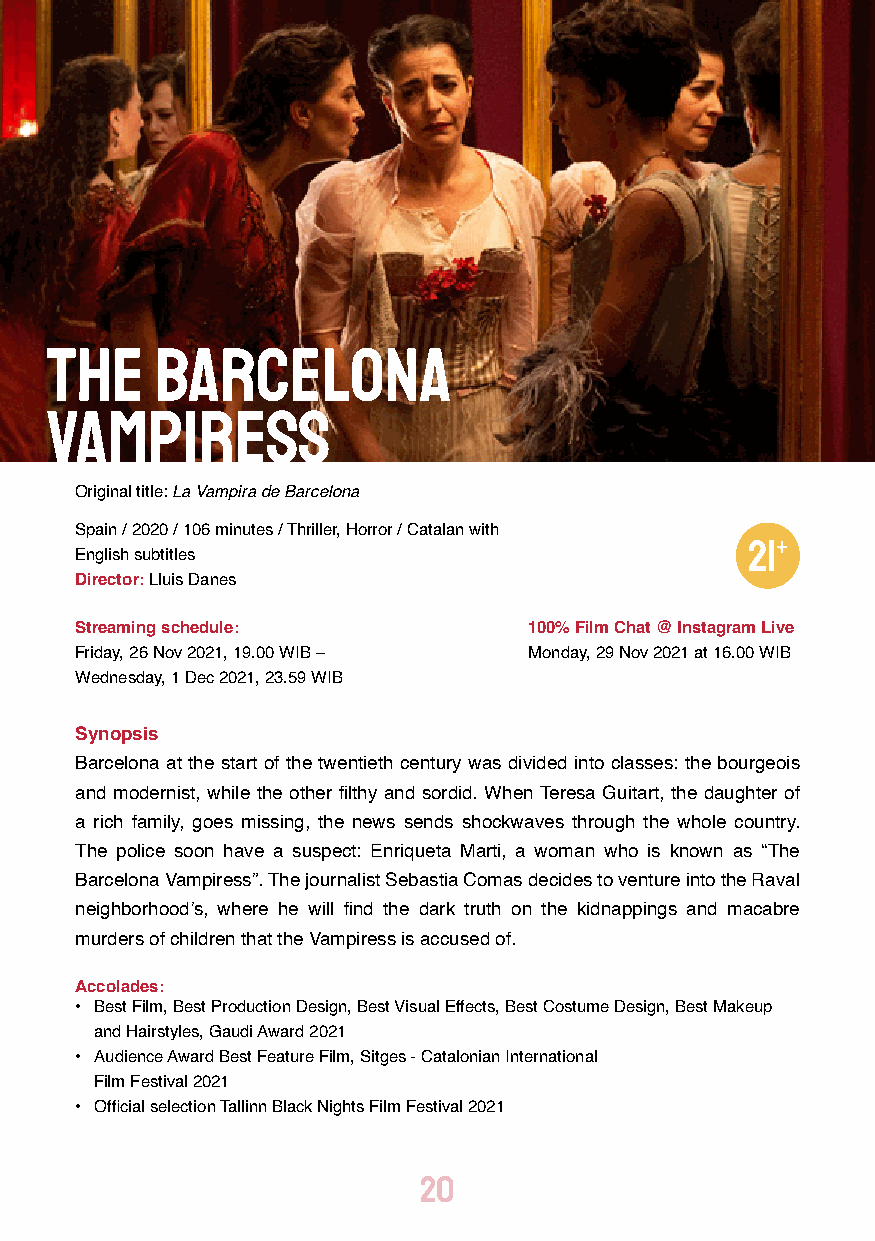
The    Barcelona
 Vampiress
 Original title: La Vampira de Barcelona
 Spain / 2020 / 106 minutes / Thriller, Horror / Catalan with
 English subtitles
 Director: Lluis Danes
 Streaming schedule:           100% Film Chat @ Instagram Live
 Friday, 26 Nov 2021, 19.00 WIB – Monday, 29 Nov 2021 at 16.00 WIB
 Wednesday, 1 Dec 2021, 23.59 WIB
 Synopsis
 Barcelona at the start of the twentieth century was divided into classes: the bourgeois
 and modernist, while the other filthy and sordid. When Teresa Guitart, the daughter of
 a rich family, goes missing, the news sends shockwaves through the whole country.
 The police soon have a suspect: Enriqueta Marti, a woman who is known as “The
 Barcelona Vampiress”. The journalist Sebastia Comas decides to venture into the Raval
 neighborhood’s, where he will find the dark truth on the kidnappings and macabre
 murders of children that the Vampiress is accused of.
 Accolades:
 • Best Film, Best Production Design, Best Visual Effects, Best Costume Design, Best Makeup
 and Hairstyles, Gaudi Award 2021
 • Audience Award Best Feature Film, Sitges - Catalonian International
 Film Festival 2021
 • Official selection Tallinn Black Nights Film Festival 2021
 20